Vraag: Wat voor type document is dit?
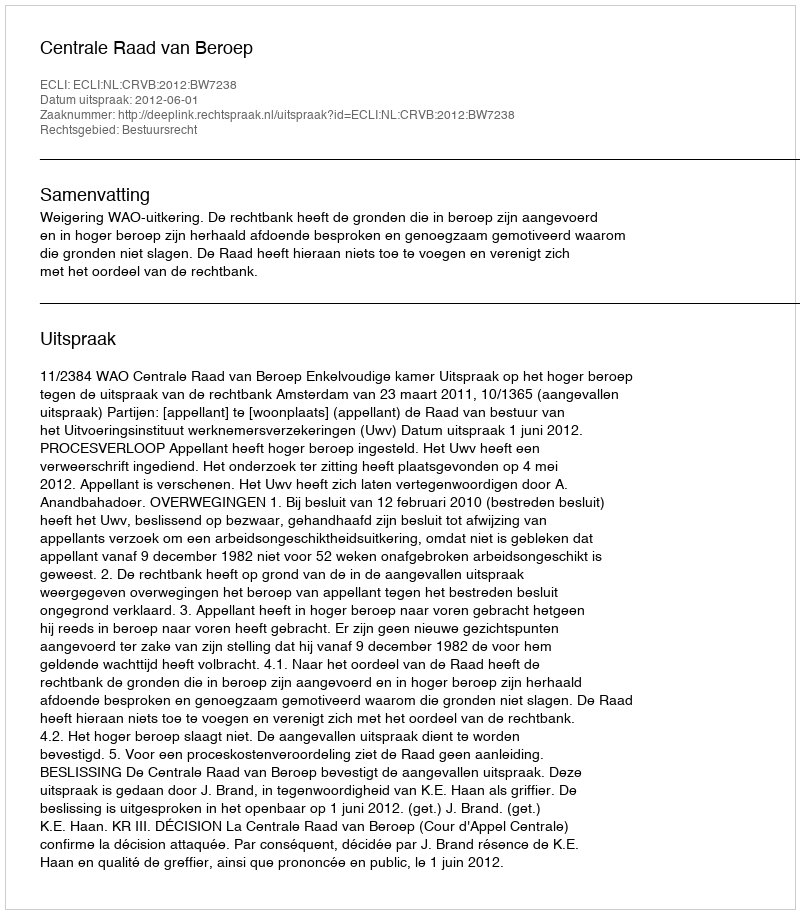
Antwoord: Uitspraak